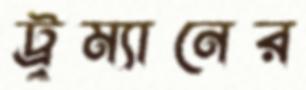
ট্রুম্যানের